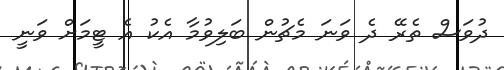
ދުވަސް ތެރޭ ދެ ވަނަ މެޗުން ބަލިވުމާ އެކު އެ ޓީމަށް ވަނީ